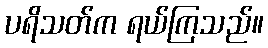
ပရိသတ်က ရယ်ကြသည်။